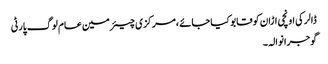
ڈالر کی اونچی اڑان کو قابو کیا جائے ،مرکزی چیئرمین عام لوگ پارٹی
گوجرانوالہ ۔